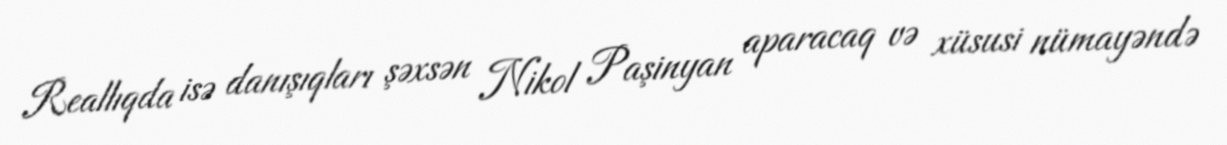
Reallıqda isə danışıqları şəxsən Nikol Paşinyan aparacaq və xüsusi nümayəndə